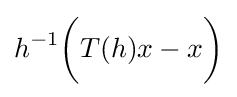
h^{-1}{\bigg (}T(h)x-x{\bigg )}